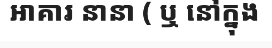
អាគារ នានា ( ឬ នៅក្នុង